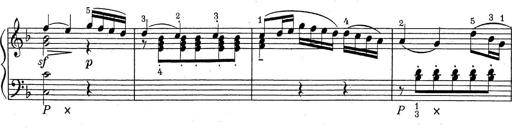
Title: ÄŒeskÃ© Sonatiny
Composer: Various